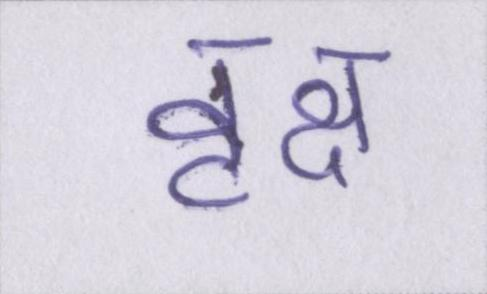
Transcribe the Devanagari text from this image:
वृक्ष